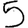
Digit: 5